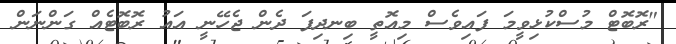
"ރޮބޮޓް މުސްކުޅިވީމަ ފައިވެސް މިއޮތީ ބިނދިފަ ދެން ޖެހޭނީ އައު ރޮބޮޓެއް ގަންނަން